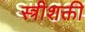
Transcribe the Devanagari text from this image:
स्त्रीशक्ती